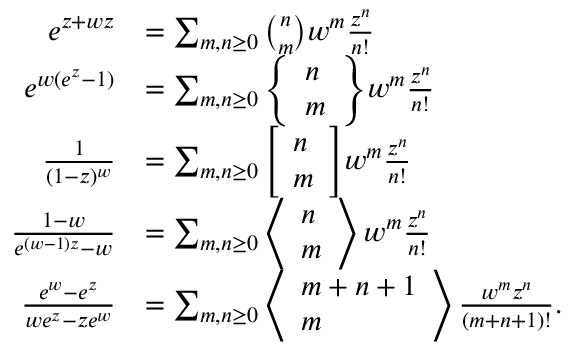
{ \begin{array} { r l } { e ^ { z + w z } } & { = \sum _ { m , n \geq 0 } { \binom { n } { m } } w ^ { m } { \frac { z ^ { n } } { n ! } } } \\ { e ^ { w ( e ^ { z } - 1 ) } } & { = \sum _ { m , n \geq 0 } { \left\{ \begin{array} { l } { n } \\ { m } \end{array} \right\} } w ^ { m } { \frac { z ^ { n } } { n ! } } } \\ { { \frac { 1 } { ( 1 - z ) ^ { w } } } } & { = \sum _ { m , n \geq 0 } { \left[ \begin{array} { l } { n } \\ { m } \end{array} \right] } w ^ { m } { \frac { z ^ { n } } { n ! } } } \\ { { \frac { 1 - w } { e ^ { ( w - 1 ) z } - w } } } & { = \sum _ { m , n \geq 0 } \left\langle { \begin{array} { l } { n } \\ { m } \end{array} } \right\rangle w ^ { m } { \frac { z ^ { n } } { n ! } } } \\ { { \frac { e ^ { w } - e ^ { z } } { w e ^ { z } - z e ^ { w } } } } & { = \sum _ { m , n \geq 0 } \left\langle { \begin{array} { l } { m + n + 1 } \\ { m } \end{array} } \right\rangle { \frac { w ^ { m } z ^ { n } } { ( m + n + 1 ) ! } } . } \end{array} }